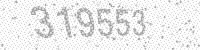
Solution: 319553